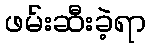
ဖမ်းဆီးခဲ့ရာ